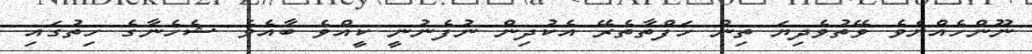
ނޫންހެއްޔެވެ ވޭތުވެދިޔަ ތިން ހަފްތާތެރޭ އެކުދިން ނުފެނުނީ ކީއްވެ ބާއެވެ ޝެހެނާގެ ހިތުގައި